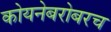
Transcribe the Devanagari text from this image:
कोयनेबरोबरच